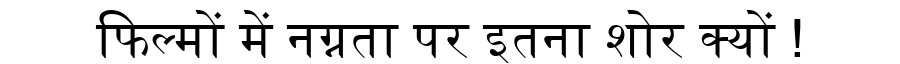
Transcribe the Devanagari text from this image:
फिल्मों में नग्नता पर इतना शोर क्यों !